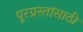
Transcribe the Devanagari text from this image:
पूरग्रस्तांसाठी